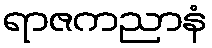
ရာဇကညာနံ